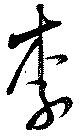
季